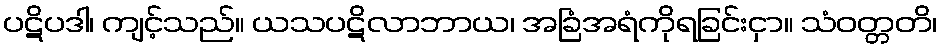
ပဋိပဒါ၊ ကျင့်သည်။ ယသပဋိလာဘာယ၊ အခြံအရံကိုရခြင်းငှာ။ သံဝတ္တတိ၊